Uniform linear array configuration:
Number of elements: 64
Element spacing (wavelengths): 1
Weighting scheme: hamming
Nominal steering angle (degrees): -45
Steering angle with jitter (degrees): -43.489
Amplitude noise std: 0.05
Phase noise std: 0.05

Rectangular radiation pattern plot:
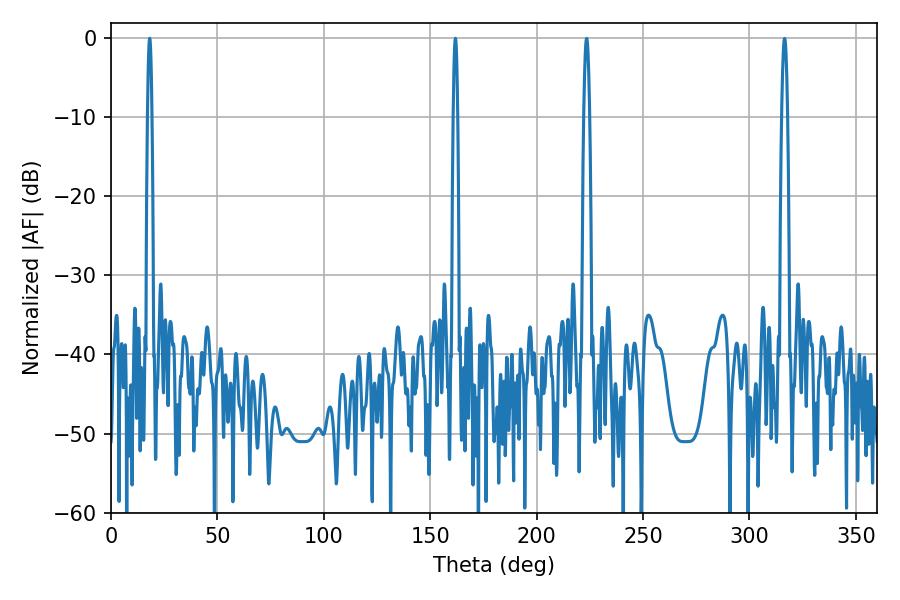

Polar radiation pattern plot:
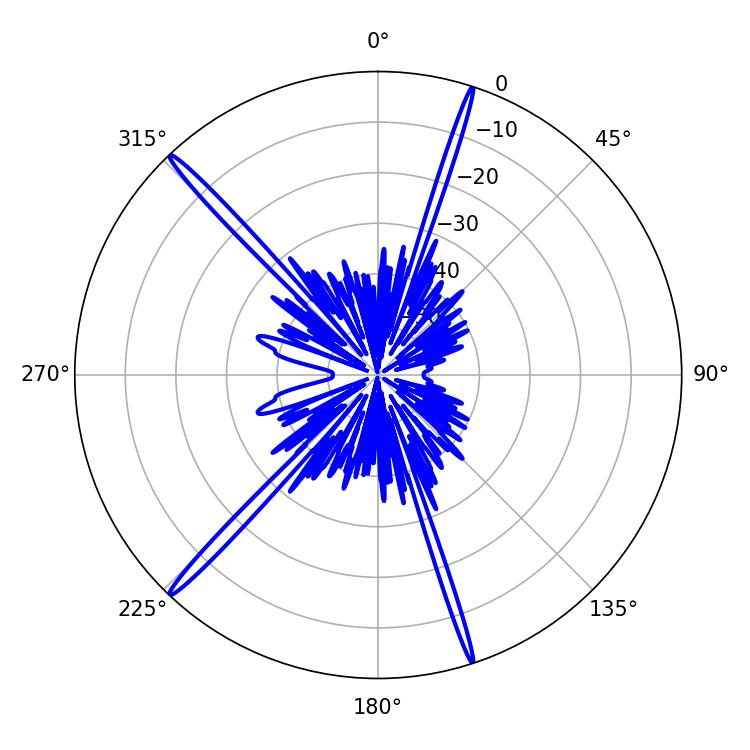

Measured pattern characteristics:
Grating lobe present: TRUE
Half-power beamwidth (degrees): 1.08
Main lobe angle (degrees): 161.82